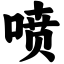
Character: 喷